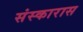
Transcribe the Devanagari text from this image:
संस्कारास